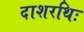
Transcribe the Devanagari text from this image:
दाशरथिः